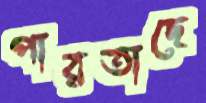
পারতাছে